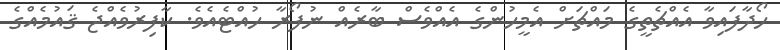
ހޯދާފައިވާ އެއްޗެތީގެ މައްޗަށް އެމީހުންގެ އެއްވެސް ބާރެއް ނުފޯރާ ހުއްޓެއެވެ. ކާފިރުވެއްޖެ ޤައުމެއްގެ